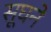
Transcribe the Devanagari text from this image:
सूघने